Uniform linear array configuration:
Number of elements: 8
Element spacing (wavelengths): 0.25
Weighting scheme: exponential
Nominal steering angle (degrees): -15
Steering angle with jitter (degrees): -15.945
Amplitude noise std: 0.05
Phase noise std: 0.05

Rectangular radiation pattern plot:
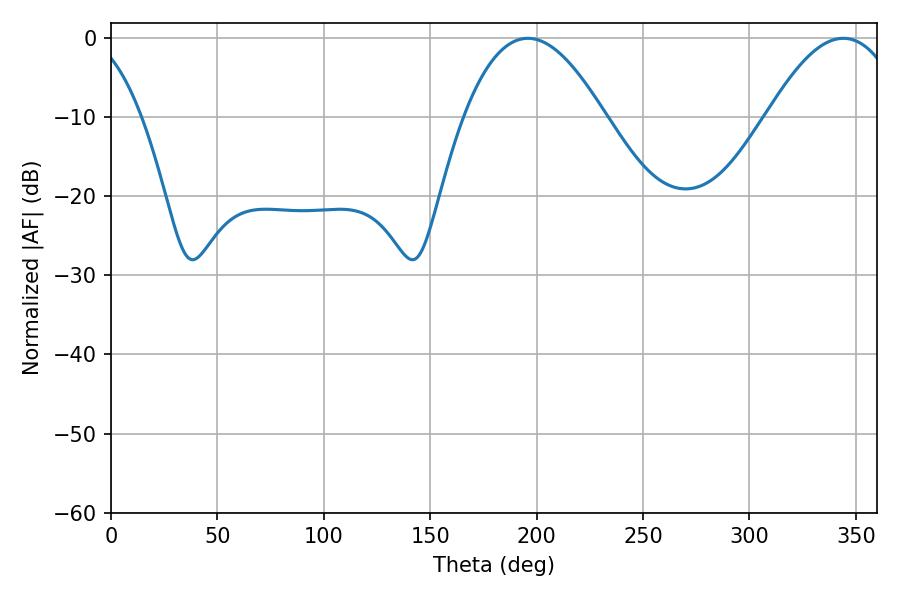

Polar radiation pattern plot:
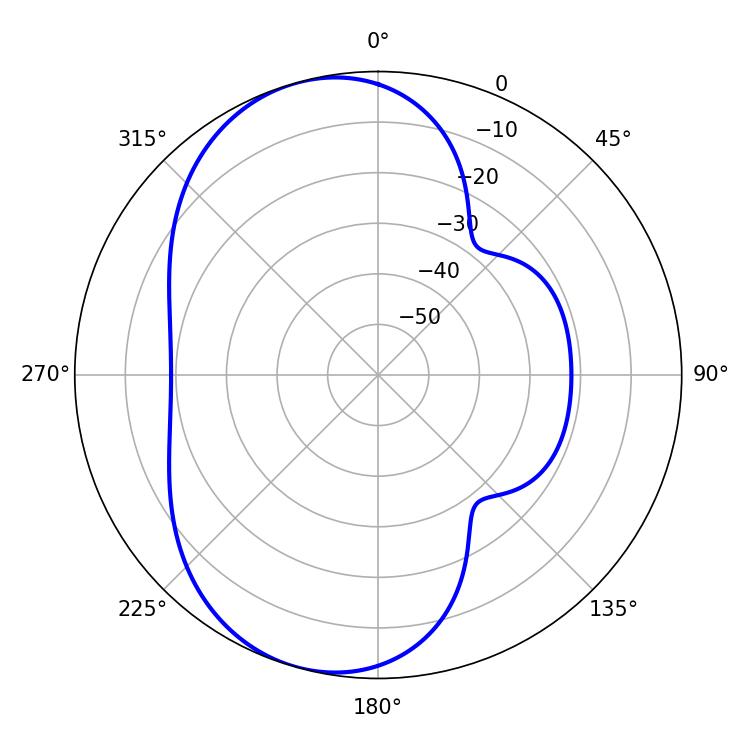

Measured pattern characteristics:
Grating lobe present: FALSE
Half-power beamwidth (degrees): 36.18
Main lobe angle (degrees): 195.84